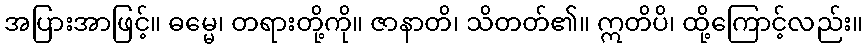
အပြားအာဖြင့်။ ဓမ္မေ၊ တရားတို့ကို။ ဇာနာတိ၊ သိတတ်၏။ ဣတိပိ၊ ထို့ကြောင့်လည်း။